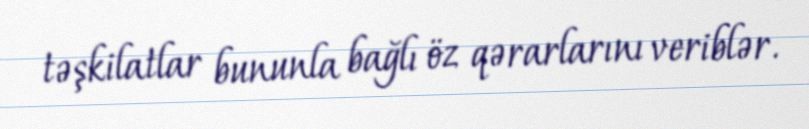
təşkilatlar bununla bağlı öz qərarlarını veriblər.